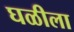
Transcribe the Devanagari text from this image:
घळीला